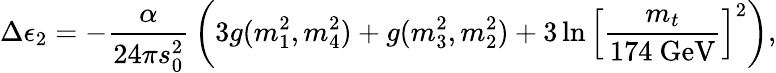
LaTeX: \Delta\epsilon_{2}=-{\frac{\alpha}{24\pi s_{0}^{2}}}\left(3g(m_{1}^{2},m_{4}^{2})+g(m_{3}^{2},m_{2}^{2})+3\ln\left[{\frac{m_{t}}{174~\mathrm{GeV}}}\right]^{2}\right),